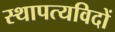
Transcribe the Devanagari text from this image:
स्थापत्यविदों